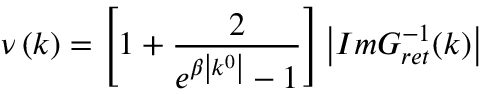
\nu \left( k \right) = \left[ 1 + \frac 2 { e ^ { \beta \left| k ^ { 0 } \right| } - 1 } \right] \left| I m G _ { r e t } ^ { - 1 } ( k ) \right|